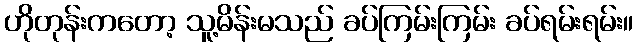
ဟိုတုန်းကတော့ သူ့မိန်းမသည် ခပ်ကြမ်းကြမ်း ခပ်ရမ်းရမ်း။